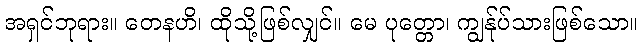
အရှင်ဘုရား။ တေနဟိ၊ ထိုသို့ဖြစ်လျှင်။ မေ ပုတ္တော၊ ကျွန်ုပ်သားဖြစ်သော။